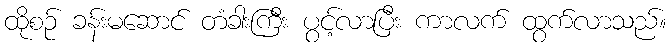
ထိုစဉ် ခန်းမဆောင် တံခါးကြီး ပွင့်လာပြီး ကာလက် ထွက်လာသည်။